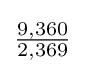
{\tfrac {9,360}{2,369}}